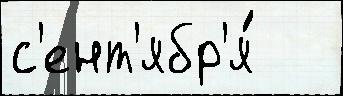
с'ент'ябр'я́